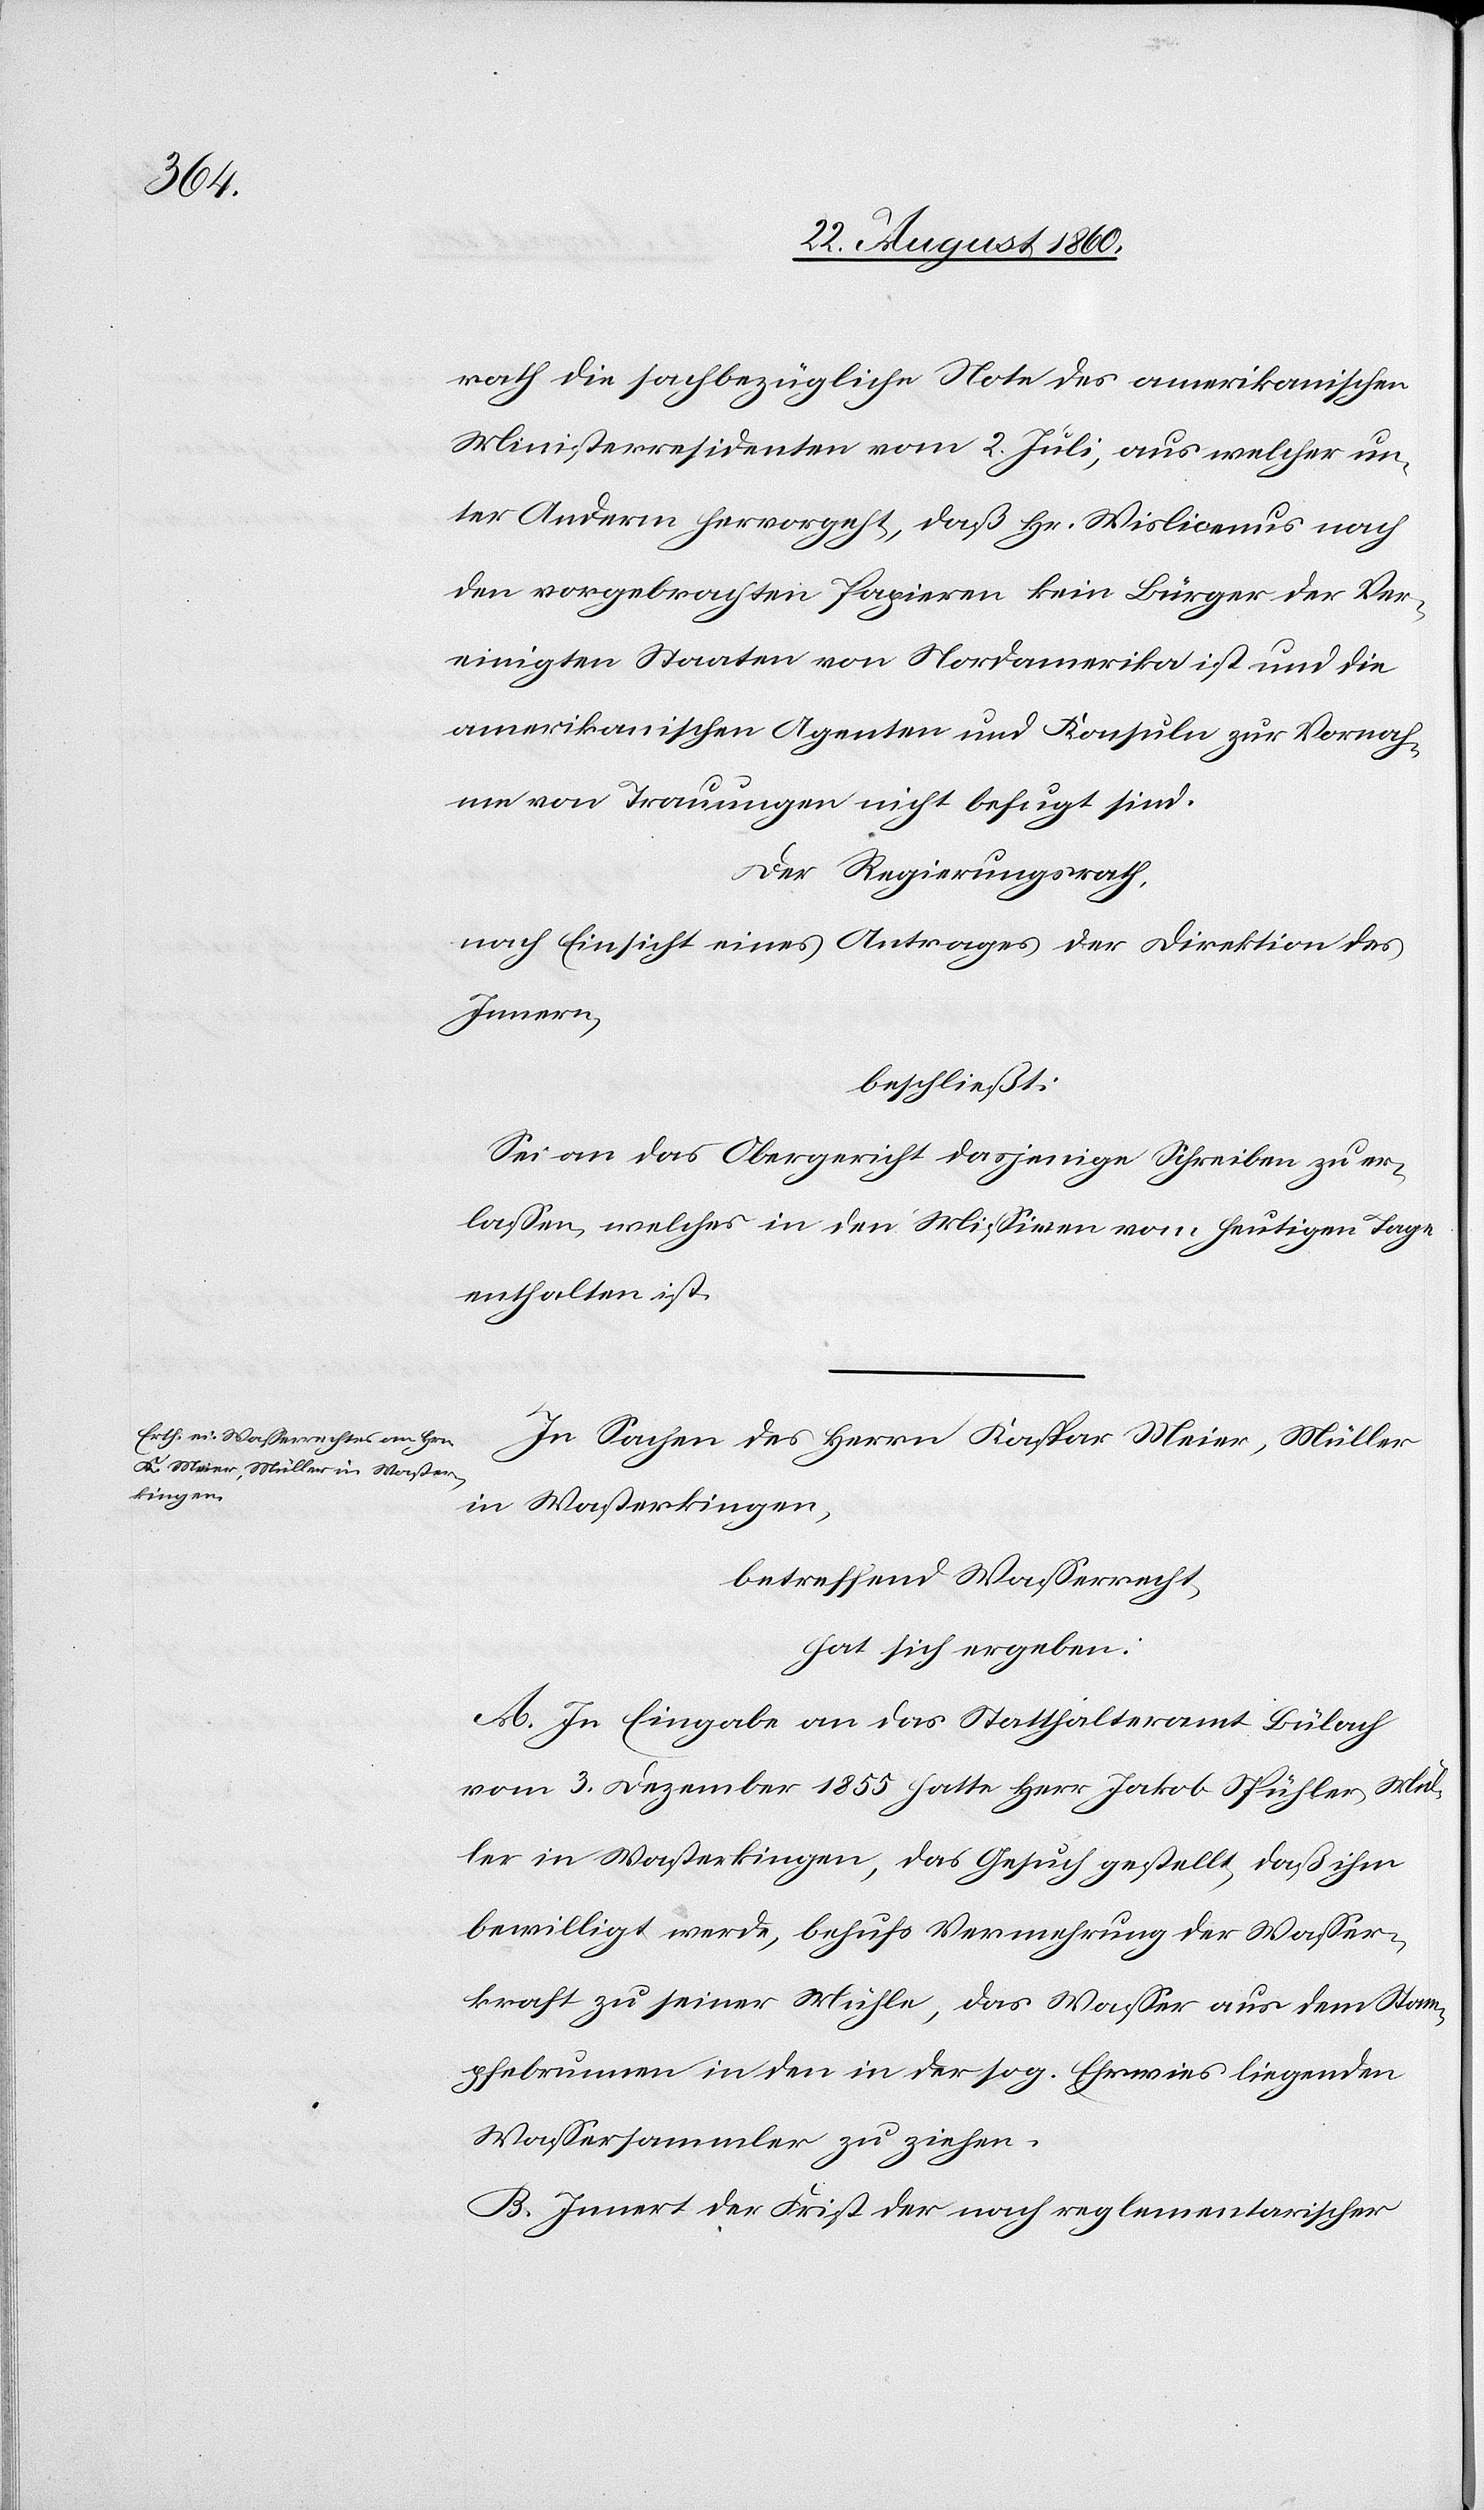
Mül¬
rath die sachbezügliche Note des amerikanischen
Ministerresidenten vom 2. Juli, aus welcher un¬
ter Anderm hervorgeht, dass Hr. Wislicemus nach
den vorgebrachten Papieren kein Bürger der Ver¬
einigten Staaten von Nordamerika ist und die
amerikanischen Agenten u. Konsuln zur Vornah¬
me von Trauungen nicht befugt sind.
Der Regierungsrath,
nach Einsicht eines Antrages der Direktion des
Innern,
beschliesst:
Sei an das Obergericht dasjenige Schreiben zu er¬
lassen, welches in den Missiven vom heutigen Tage
enthalten ist.
In Sachen des Herrn Kaspar Meier, Müller
in Wasterkingen
betreffend Wasserrecht,
hat sich ergeben:
A. In Eingabe an das Statthalteramt Bülach
ler in Wasterkingen, das Gesuch gestellt, dass ihm
bewilligt werde, behufs Vermehrung der Wasser¬
kraft zu seiner Mühle, das Wasser aus dem Stam¬
pfebrunnen in den in der s. g. Ehrwies liegenden
Wassersammler zu ziehen.
B. Innert der Frist der nach reglementarischer